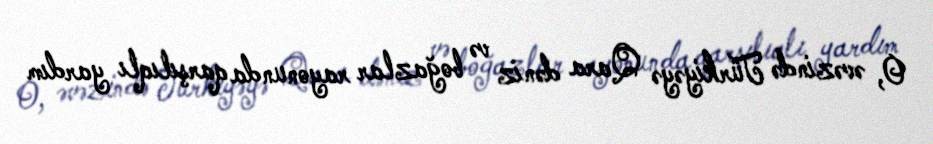
O, əvəzində Türkiyəyə Qara dəniz və boğazlar rayonunda qarşılıqlı yardım